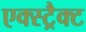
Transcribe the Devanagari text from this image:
एक्स्ट्रैक्ट